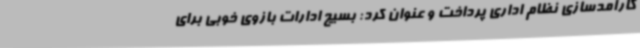
کارآمدسازی نظام اداری پرداخت و عنوان کرد: بسیج ادارات بازوی خوبی برای